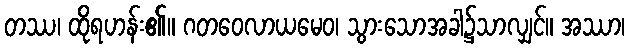
တဿ၊ ထိုရဟန်း၏။ ဂတဝေလာယမေဝ၊ သွားသောအခါ၌သာလျှင်။ အဿာ၊